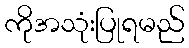
ကိုအသုံးပြုရမည်